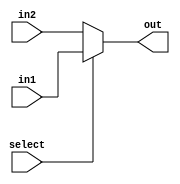

module mux(out,select,in1, in2 );
input in1, in2, select;
output out;
assign out = select ? in1 : in2;
endmodule